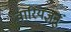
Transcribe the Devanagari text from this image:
वारियज्ञनुं